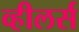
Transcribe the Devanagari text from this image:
व्हीलर्स